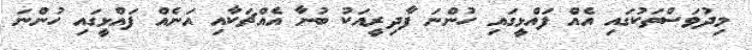
މިދުވަސްތަކުގައި އެއް ފައްޅީގައި ހުންނަ ފާދިރީއަކު ބުނާ އެއްޗަކާއި އަނެއް ފައްޅީގައި ހުންނަ